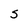
Character: S